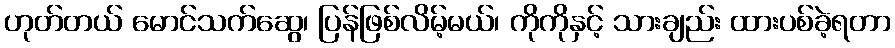
ဟုတ်တယ် မောင်သက်ဆွေ၊ ပြန်ဖြစ်လိမ့်မယ်၊ ကိုကိုနှင့် သားချည်း ထားပစ်ခဲ့ရတာ